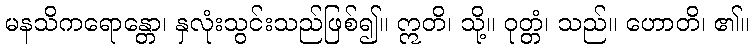
မနသိကရောန္တော၊ နှလုံးသွင်းသည်ဖြစ်၍။ ဣတိ၊ သို့။ ဝုတ္တံ၊ သည်။ ဟောတိ၊ ၏။